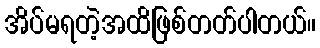
အိပ်မရတဲ့အထိဖြစ်တတ်ပါတယ်။